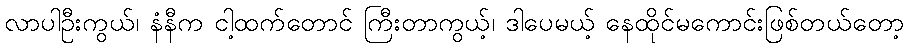
လာပါဦးကွယ်၊ နံနီက ငါ့ထက်တောင် ကြီးတာကွယ့်၊ ဒါပေမယ့် နေထိုင်မကောင်းဖြစ်တယ်တော့